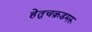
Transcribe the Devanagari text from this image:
हेतुचक्रडमरू